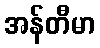
အန်တီမာ